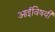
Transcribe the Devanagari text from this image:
आईविषयी